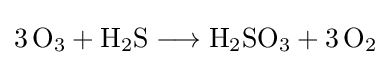
{3\,\mathrm {O} {\vphantom {A}}_{\smash[{t}]{3}}{}+{}\mathrm {H} {\vphantom {A}}_{\smash[{t}]{2}}\mathrm {S} {}\mathrel {\longrightarrow } {}\mathrm {H} {\vphantom {A}}_{\smash[{t}]{2}}\mathrm {SO} {\vphantom {A}}_{\smash[{t}]{3}}{}+{}3\,\mathrm {O} {\vphantom {A}}_{\smash[{t}]{2}}}